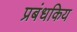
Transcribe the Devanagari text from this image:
प्रबंधकिय